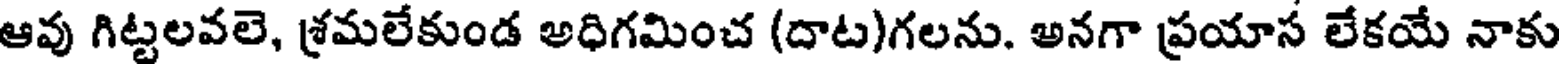
ఆవు గిట్టలవలె, శ్రమలేకుండ అధిగమించ (దాట)గలను. అనగా ప్రయాస లేకయే నాకు